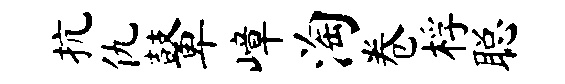
抗仇鼙嶂淘卷桴聪